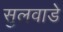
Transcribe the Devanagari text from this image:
सुलवाडे